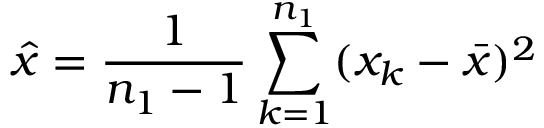
\hat { x } = \frac { 1 } { n _ { 1 } - 1 } \sum _ { k = 1 } ^ { n _ { 1 } } ( x _ { k } - \bar { x } ) ^ { 2 }